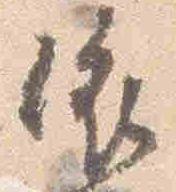
依